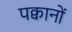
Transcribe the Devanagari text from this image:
पक्वानों